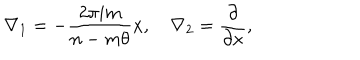
\nabla _ { 1 } = - \frac { 2 \pi i m } { n - m \theta } x , \quad \nabla _ { 2 } = \frac { \partial } { \partial x } ,